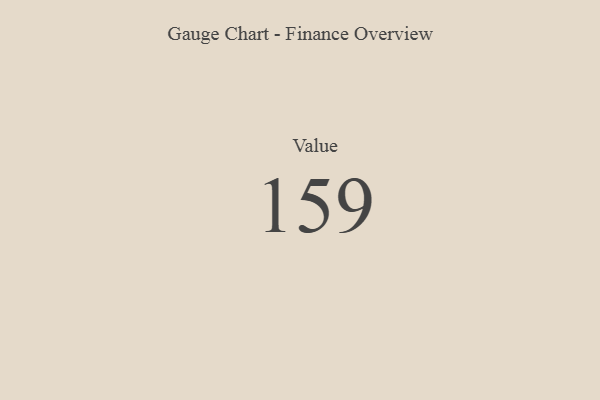
{"axis": {"x": "Metric", "y": "Value"}, "legend": [""], "data": [{"x": "Value", "y": 159, "type": ""}]}